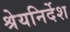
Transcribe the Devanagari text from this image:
श्रेयनिर्देश